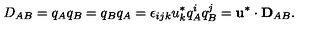
D _ { A B } = q _ { A } q _ { B } = q _ { B } q _ { A } = \epsilon _ { i j k } u _ { k } ^ { * } q _ { A } ^ { i } q _ { B } ^ { j } = { \bf u } ^ { * } \cdot { \bf D } _ { A B } .